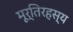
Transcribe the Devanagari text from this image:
मूर्तिरहस्य